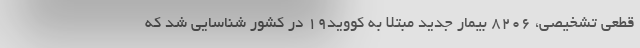
قطعی تشخیصی، ۸۲۰۶ بیمار جدید مبتلا به کووید۱۹ در کشور شناسایی شد که